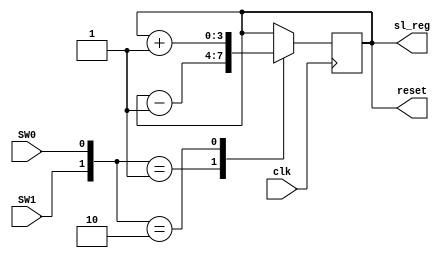
`timescale 1ns / 1ps
module counter(
    input clk,
    input SW0,
    input SW1,
    output reg [3:0] reset,
    output reg [3:0] sl_reg
);


initial begin
sl_reg = 0;
reset = 0;
end

always @(posedge clk)begin
   case({SW1,SW0})
   2'b01: begin sl_reg=sl_reg-1; reset=sl_reg; end
   2'b10: begin sl_reg=sl_reg+1; reset=sl_reg; end
   default: begin reset = sl_reg; end
   endcase
end

endmodule